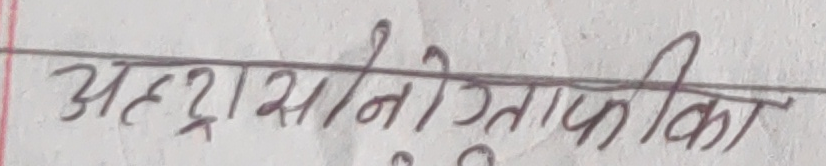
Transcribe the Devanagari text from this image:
अहद्रासोनोग्रेफिका